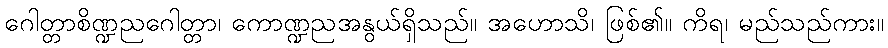
ဂေါတ္တာစိဏ္ဍညဂေါတ္တာ၊ ကောဏ္ဍညအနွယ်ရှိသည်။ အဟောသိ၊ ဖြစ်၏။ ကိရ၊ မည်သည်ကား။